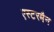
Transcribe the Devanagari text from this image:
एस्टरमैन